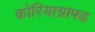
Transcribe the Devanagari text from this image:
कोरियाग्राफ्ड